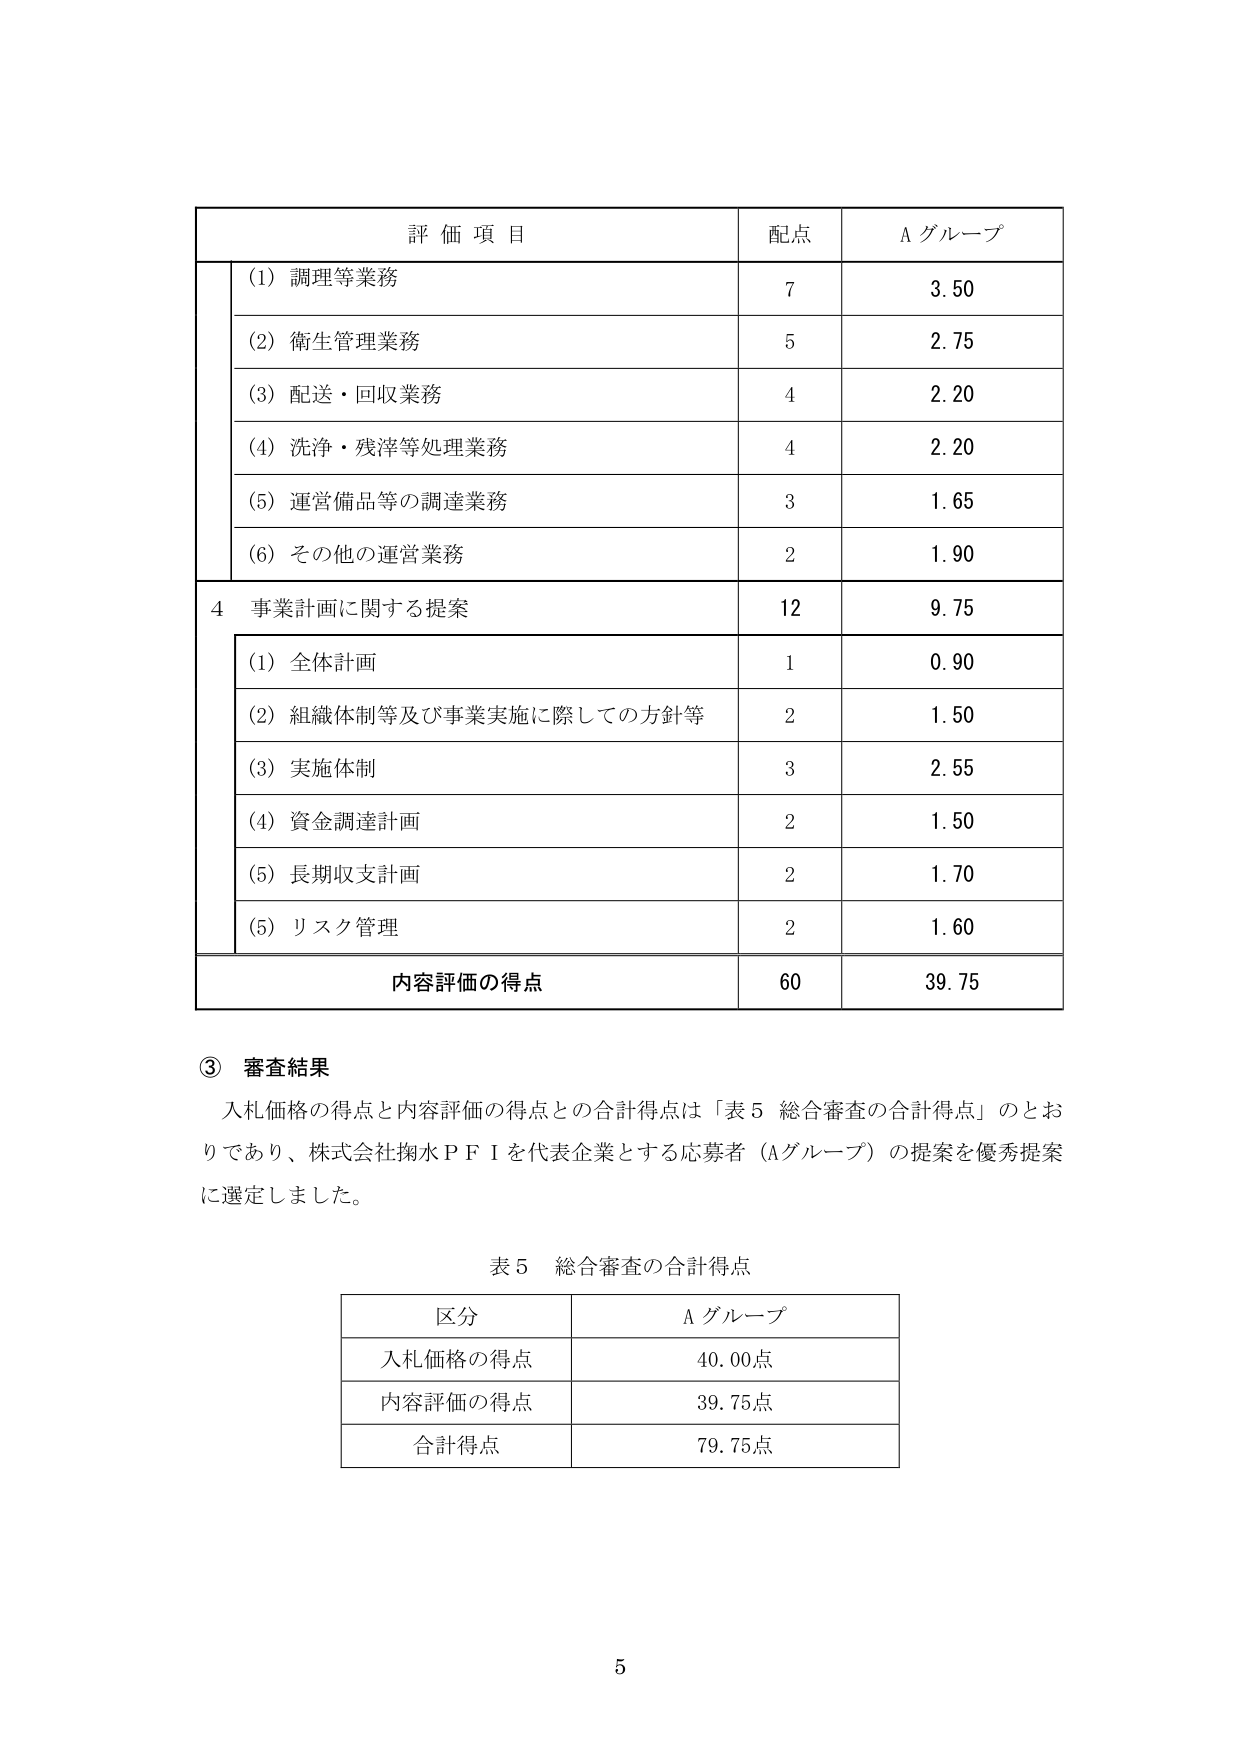
評価項目 配点 Aグループ
(1) 調理等業務 7 3.50
(2) 衛生管理業務 5 2.75
(3) 配送・回収業務 4 2.20
(4) 洗浄・残滓等処理業務 4 2.20
(5) 運営備品等の調達業務 3 1.65
(6) その他の運営業務 2 1.90
4 事業計画に関する提案 12 9.75
(1) 全体計画 1 0.90
(2) 組織体制等及び事業実施に際しての方針等 2 1.50
(3) 実施体制 3 2.55
(4) 資金調達計画 2 1.50
(5) 長期収支計画 2 1.70
(5) リスク管理 2 1.60
内容評価の得点 60 39.75

③ 審査結果
入札価格の得点と内容評価の得点との合計得点は「表5 総合審査の合計得点」のとおりであり、株式会社掬水ＰＦＩを代表企業とする応募者（Aグループ）の提案を優秀提案に選定しました。

表5 総合審査の合計得点
区分 Aグループ
入札価格の得点 40.00点
内容評価の得点 39.75点
合計得点 79.75点

5